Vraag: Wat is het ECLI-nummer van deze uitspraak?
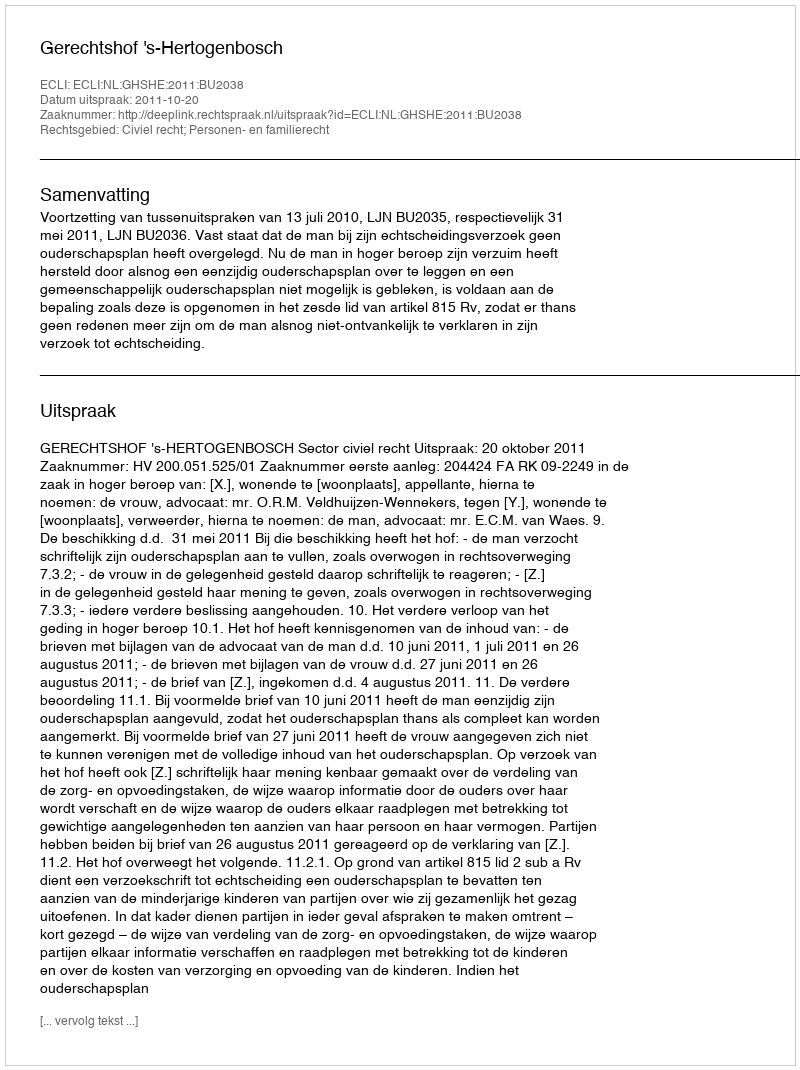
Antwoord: ECLI:NL:GHSHE:2011:BU2038